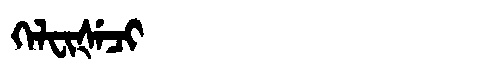
Manchu: ᡴᡝᠯᠸᡳᡧᡝᠴᡳ
Romanization: KELFIŠECI